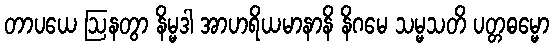
တာပယေ ဩနတွာ နိမ္မဒါ အာဟရိယမာနာနိ နိဂမေ သမ္မသတိ ပတ္တဓမ္မော